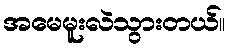
အမေမူးလဲသွားတယ်။